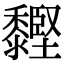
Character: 䵛